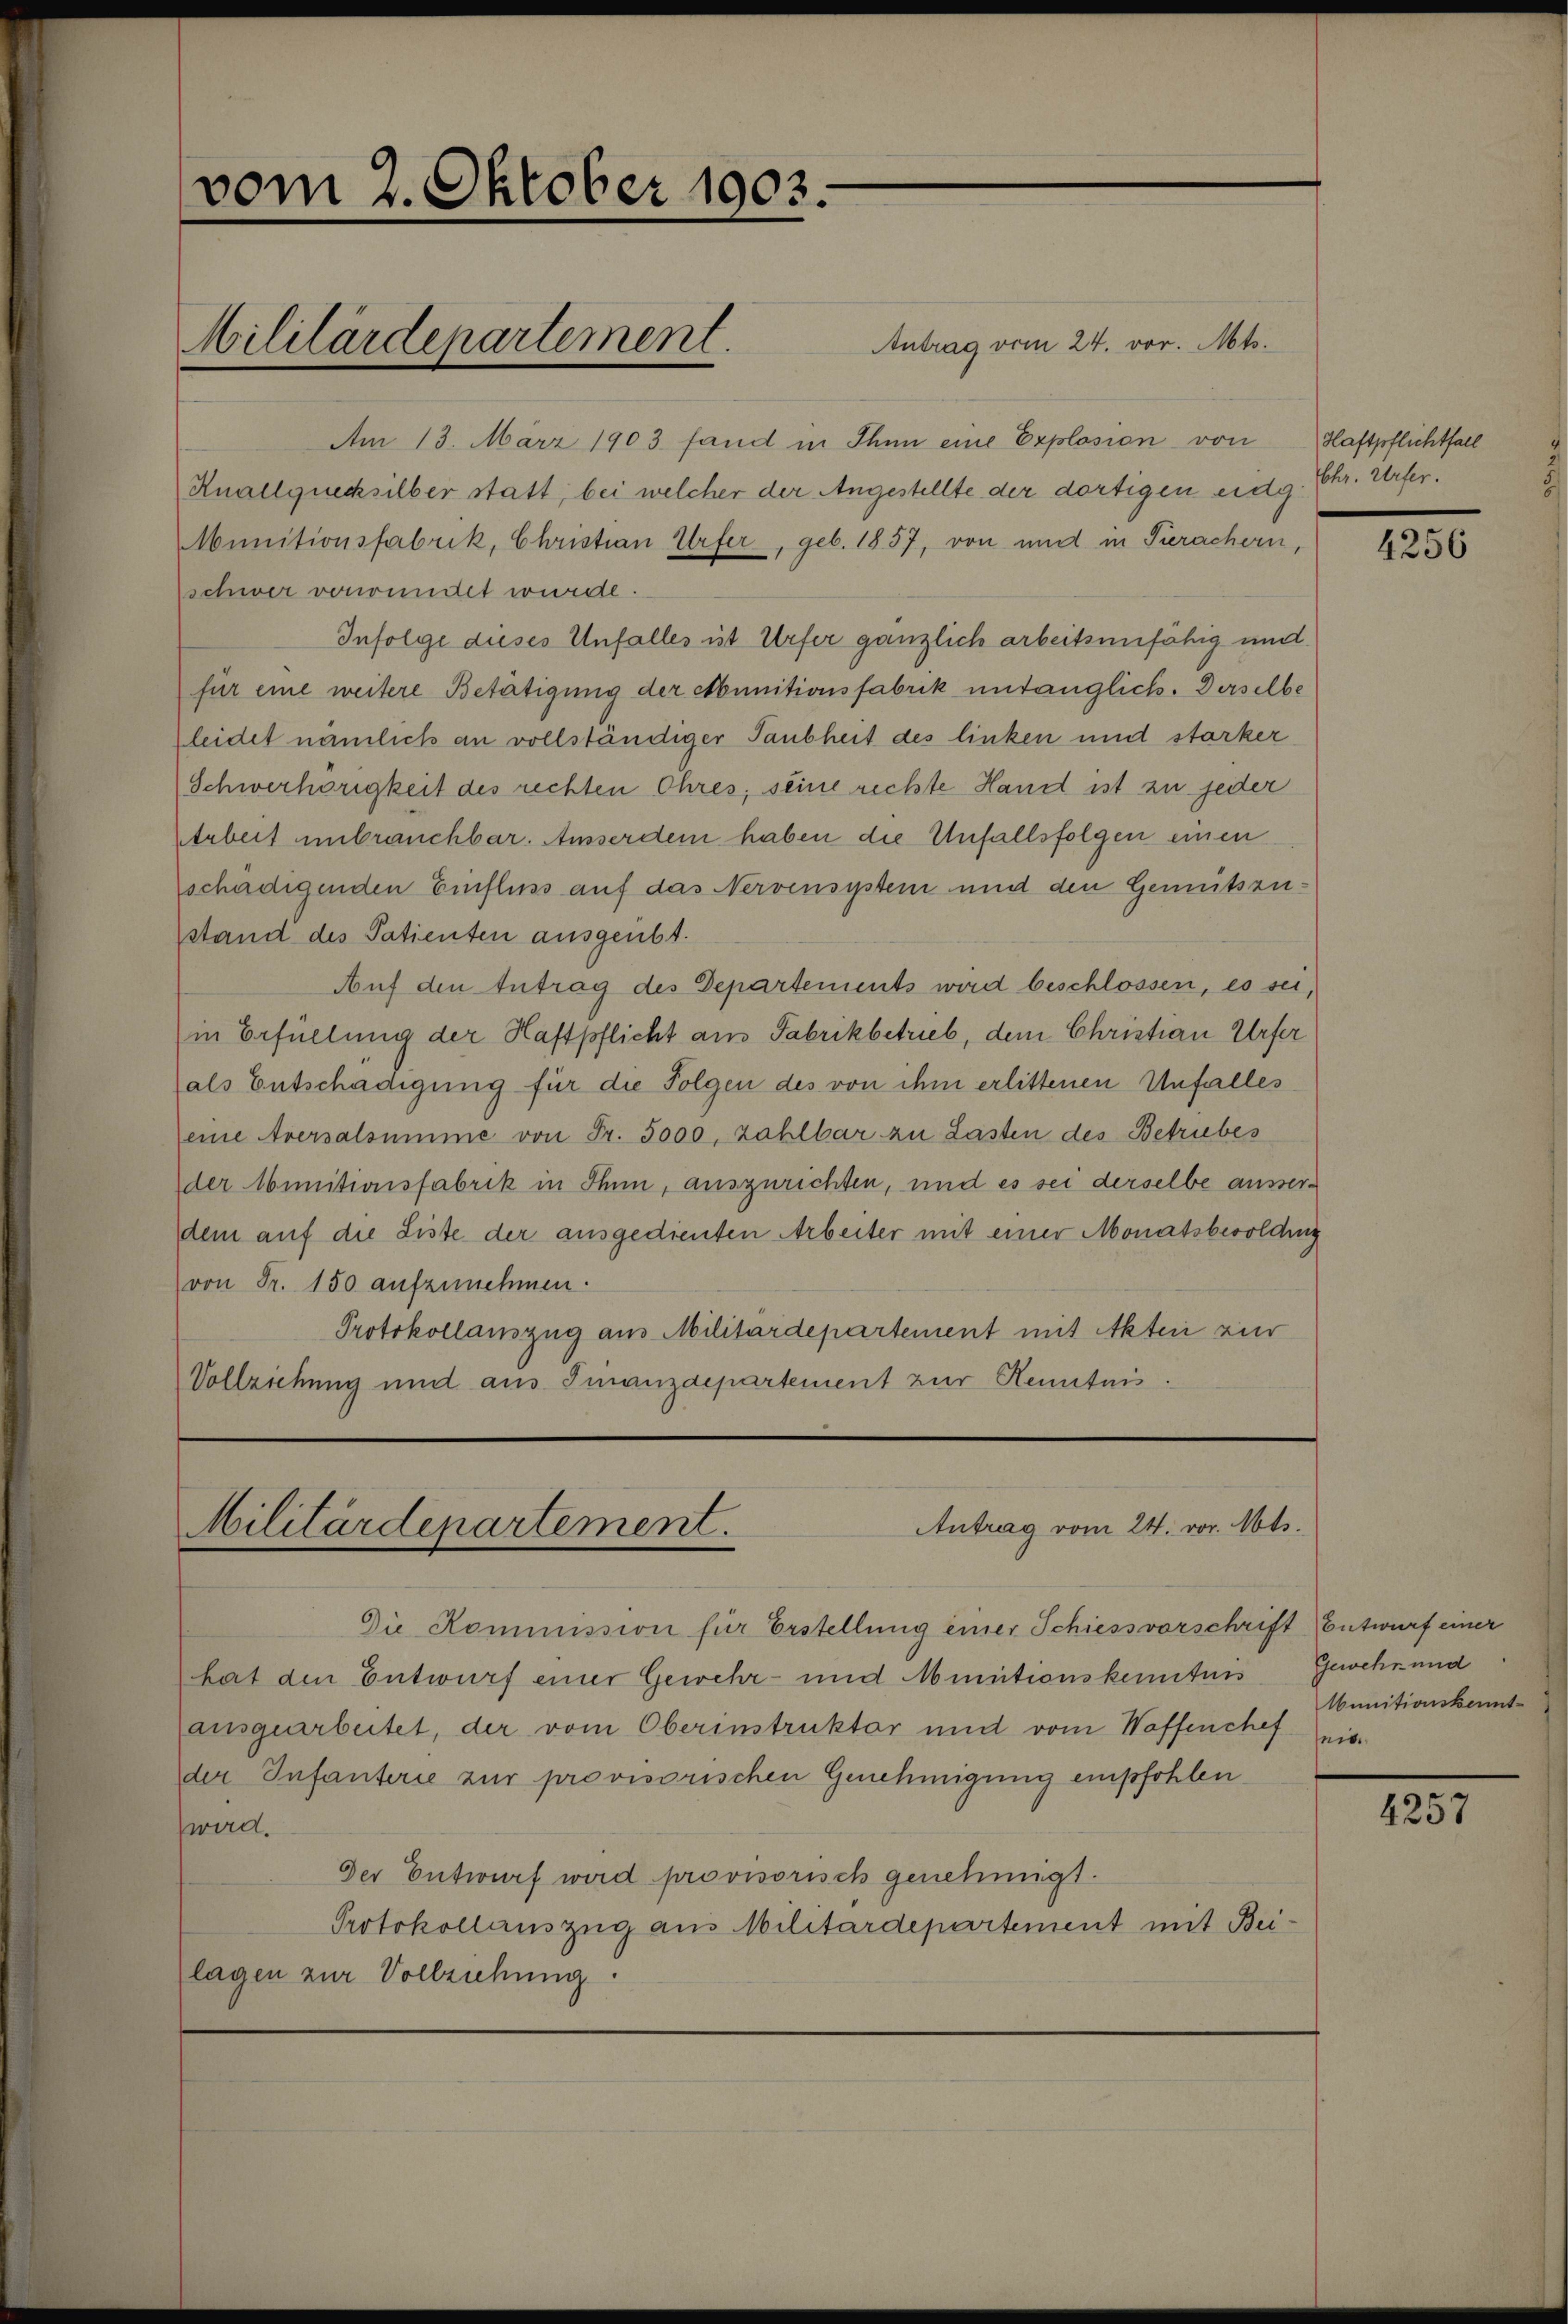
vom 2. Oktober 1903.

Antrag vom 24. vor. Mts.
Am 13. März 1903 fand in Ihn eine Explosion von
Knallquecksilber statt, bei welcher der Angestellte der dortigen eidg. Chr. Urfer¬
Munitionsfabrik, Christian Urfer, geb. 1857, von und in Tierachern,
schwer vonründet wurde.
Infolge dieses Unfalles ist Urfer gänzlich arbeitsunfähig und
für eine weitere Betätigung der Abunitionsfabrik untauglich. Derselbe
leidet nämlich an vollständiger Taubheit des linken und starker
Schwerhörigkeit des rechten Ohres, seine rechte Hand ist zu jeder
Arbeit unbrauchbar. Ausserdem haben die Unfallsfolgen einen
schädigenden Einfluss auf das Nervensystem und den Gemütszustand des Patienten ausgeübt.
Auf den Antrag des Departements wird beschlossen, es sei,
in Erfüllung der Haftpflicht aus Fabrikbetrieb, dem Christian Urfer
als Entschädigung für die Folgen des von ihm erlittenen Unfalles
eine Aversalsumme von Fr. 5000, zahlbar zu Lasten des Betriebes
der Munitionsfabrik in Ihnn, auszurichten, und es sei derselbe ausserdem auf die Liste der ausgedienten Arbeiter mit einer Monatsbesoldung
von Fr. 150 aufzunehmen.
Protokollauszug aus Militärdepartement mit Akten zur
Vollziehung und aus Finanzdepartement zur Kenntnis.

Militärdepartement.

Die Kommission für Erstellung einer Schiessvorschrift (Entwurf einer
hat den Entwurf einer Gewehr- und Munitionskenntnis
ausgearbeitet, der vom Oberinstruktor und vom Waffenchef
der Infanterie zur provisorischen Genehmigung empfohlen
ward.
Der Entwurf wird provisorisch genehmigt.
Protokollauszug aus Militärdepartement mit Beilagen zur Vollziehung.

Antrag vom 24. vor. Mts.
Militärdepartement.

Haftpflichtfall

4256

Gewehr und
Munitionskennt-
in

4257